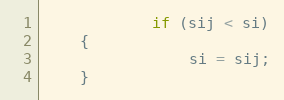
Language: C++
			if (sij < si)
	{
				si = sij;
	}